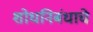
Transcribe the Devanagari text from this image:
शोधनिबंधाचे